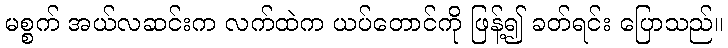
မစ္စက် အယ်လဆင်းက လက်ထဲက ယပ်တောင်ကို ဖြန့်၍ ခတ်ရင်း ပြောသည်။